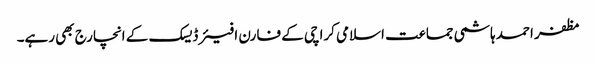
مظفر احمد ہاشمی جماعت اسلامی کراچی کے فارن افیئر ڈیسک کے انچارج بھی رہے۔